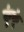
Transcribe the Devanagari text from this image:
कुंकूं